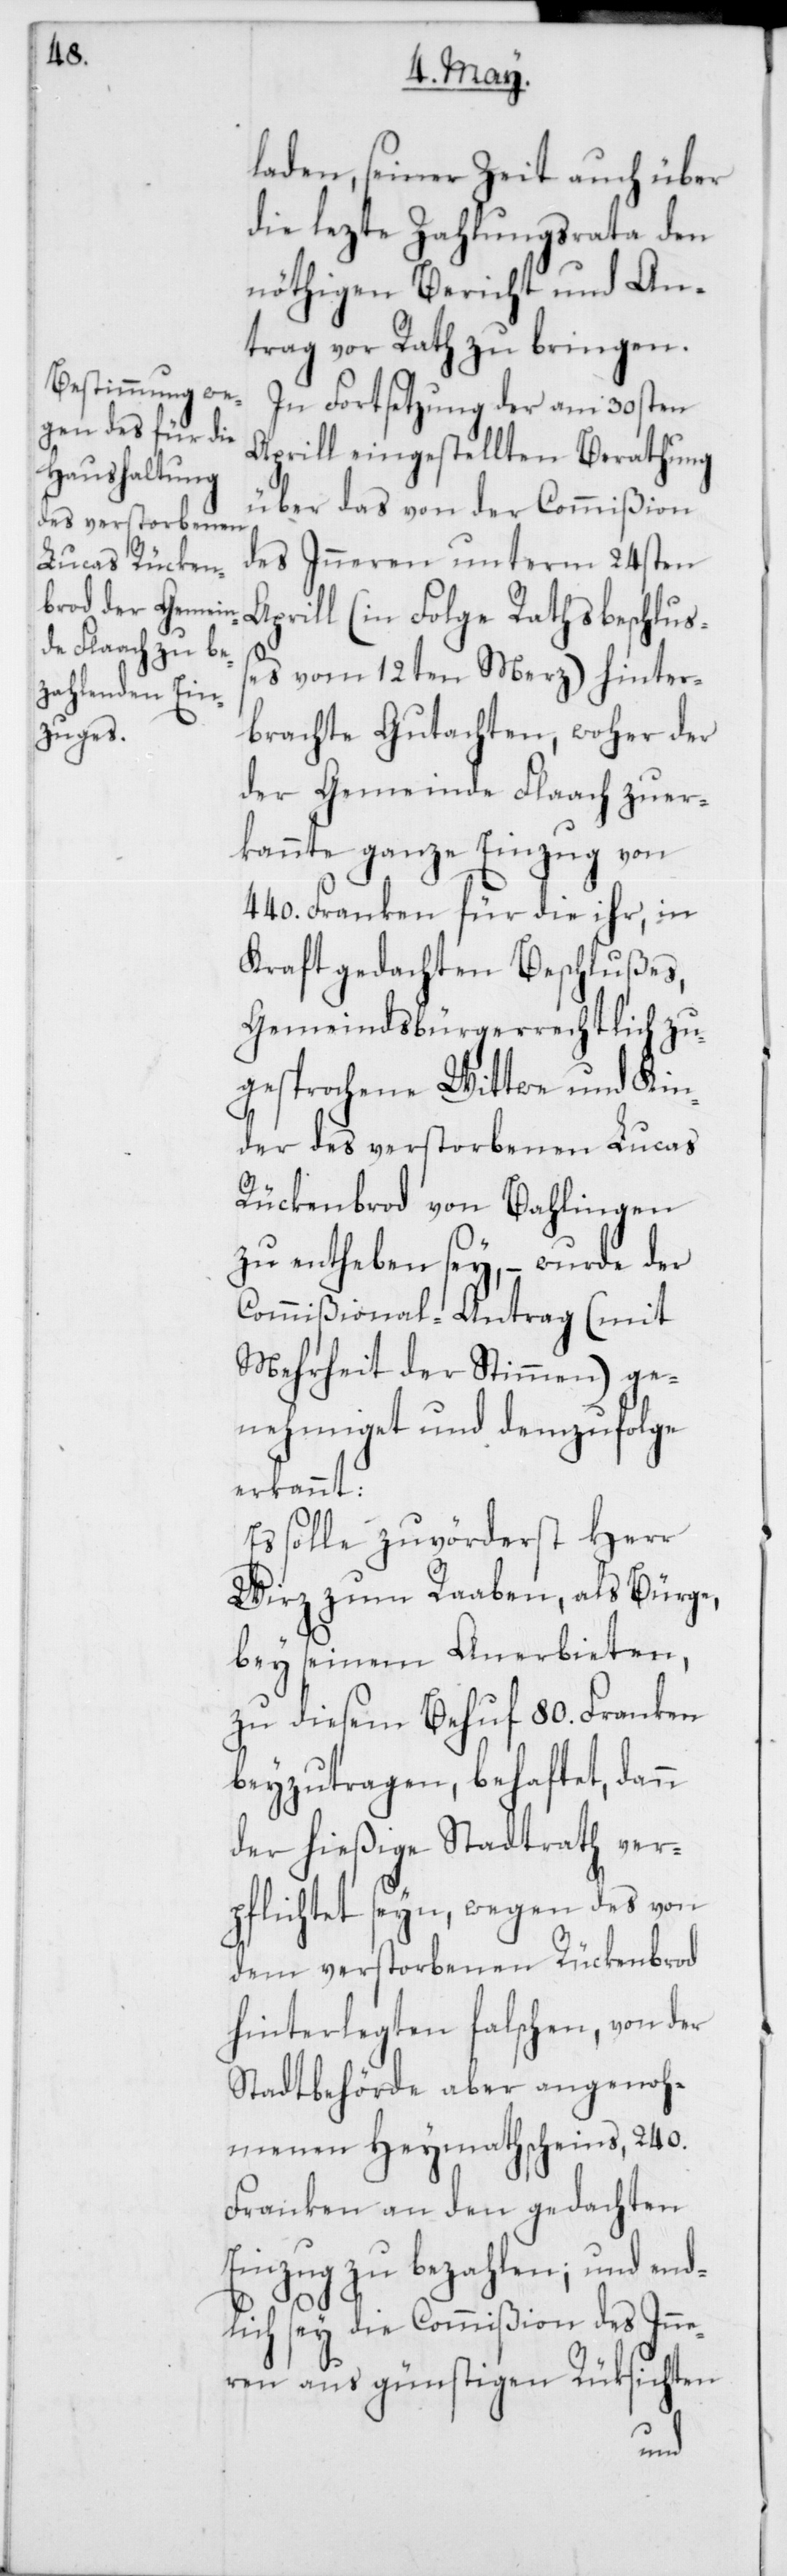
laden, seiner Zeit auch über
die lezte Zahlungsrata den
nöthigen Bericht und An¬
trag vor Rath zu bringen.
In Fortsetzung der am 30sten
Aprill eingestellten Berathung
über das von der Commißion
des Inneren unterm 24sten
Aprill (in Folge Rathsbeschluß¬
es vom 12ten Merz) hinter¬
brachte Gutachten, woher der
der Gemeinde Flaach zuer¬
kannte ganze Einzug von
440. Franken für die ihr, in
Kraft gedachten Beschlußes,
Gemeindsbürgerrechtlich zu¬
gesprochene Wittwe und Kin¬
der des verstorbenen Lucas
Rückenbrod von Bahlingen
zu entheben sey, – wurde der
Commißional-Antrag (mit
Mehrheit der Stimmen) ge¬
nehmiget und demzufolge
erkannt:
Es solle zuvörderst Herr
Wirz zum Raaben, als Bürge,
bey seinem Anerbieten,
zu diesem Behuf 80. Franken
beyzutragen, behaftet, dann
der hießige Stadtrath ver¬
pflichtet seyn, wegen des von
dem verstorbenen Rückenbrod
hinterlegten falschen, von der
Stadtbehörde aber angenoh¬
menen Heymathscheins, 240.
Franken an den gedachten
Einzug zu bezahlen; und end¬
lich sey die Commißion des Inn¬
eren aus günstigen Rüksichten